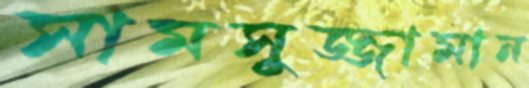
সামসুজ্জামান